Indian journal of veterinary science and animal husbandry - Volume 14,
Year: 1944
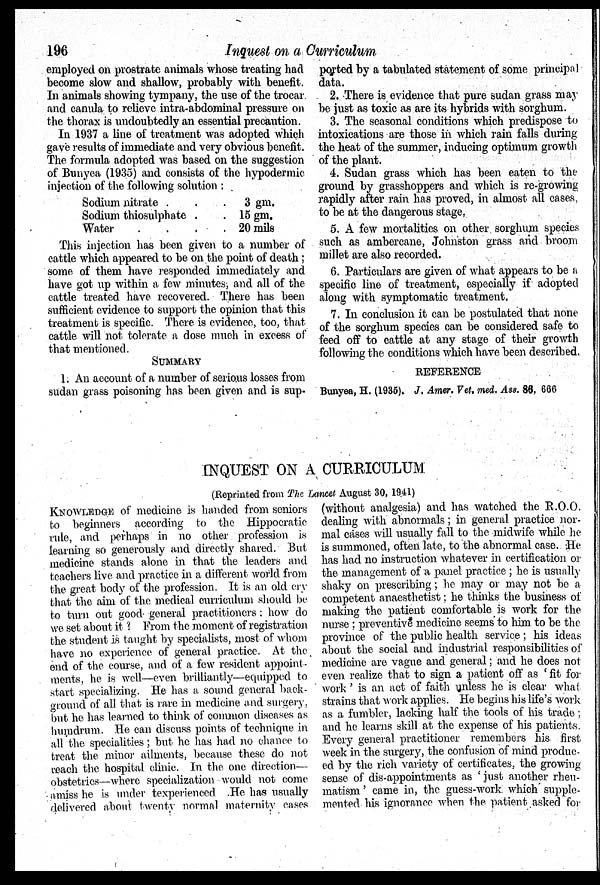
196
Inquest on a Curriculum
employed on prostrate animals whose treating had
become slow and shallow, probably with benefit.
In animals showing tympany, the use of the trocar
and canula to relieve intra-abdominal pressure on
the thorax is undoubtedly an essential precaution.
In 1937 a line of treatment was adopted which
gave results of immediate and very obvious benefit.
The formula adopted was based on the suggestion
of Bunyea (1935) and consists of the hypodermic
injection of the following solution:
Sodium nitrate . . .
Sodium thiosulphate . .
Water . . . .
3 gm.
15 gm.
20 mils
This injection has been given to a number of
cattle which appeared to be on the point of death;
some of them have responded immediately and
have got up within a few minutes, and all of the
cattle treated have recovered. There has been
sufficient evidence to support the opinion that this
treatment is specific. There is evidence, too, that
cattle will not tolerate a dose much in excess of
that mentioned.
SUMMARY
1. An account of a number of serious losses from
sudan grass poisoning has been given and is sup-
ported by a tabulated statement of some principal
data.
2. There is evidence that pure sudan grass may
be just as toxic as are its hybrids with sorghum.
3. The seasonal conditions which predispose to
intoxications are those in which rain falls during
the heat of the summer, inducing optimum growth
of the plant.
4. Sudan grass which has been eaten to the
ground by grasshoppers and which is re-growing
rapidly after rain has proved, in almost all cases,
to be at the dangerous stage.
5. A few mortalities on other sorghum species
such as ambercane, Johnston grass and broom
millet are also recorded.
6. Particulars are given of what appears to be a
specific line of treatment, especially if adopted
along with symptomatic treatment.
7. In conclusion it can be postulated that none
of the sorghum species can be considered safe to
feed off to cattle at any stage of their growth
following the conditions which have been described,
REFERENCE
Bunyea, H. (1935). J. Amer. Vet. med. Ass. 86, 666
INQUEST ON A CURRICULUM
(Reprinted from The Lancet August 30, 1941)
KNOWLEDGE of medicine is handed from seniors
to beginners according to the Hippocratic
rule, and perhaps in no other profession is
learning so generously and directly shared. But
medicine stands alone in that the leaders and
teachers live and practice in a different world from
the great body of the profession. It is an old cry
that the aim of the medical curriculum should be
to turn out good general practitioners: how do
we set about it ? From the moment of registration
the student is taught by specialists, most of whom
have no experience of general practice. At the
end of the course, and of a few resident appoint-
ments, he is well—even brilliantly—equipped to
start specializing. He has a sound general back-
ground of all that is rare in medicine and surgery,
but he has learned to think of common diseases as
humdrum. He can discuss points of technique in
all the specialities; but he has had no chance to
treat the minor ailments, because these do not
reach the hospital clinic. In the one direction—
obstetrics—where specialization would not come
amiss he is under texperienced. He has usually
delivered about twenty normal maternity cases
(without analgesia) and has watched the R.O.O.
dealing with abnormals; in general practice nor-
mal cases will usually fall to the midwife while he
is summoned, often late, to the abnormal case. He
has had no instruction whatever in certification or
the management of a panel practice; he is usually
shaky on prescribing; he may or may not be a
competent anaesthetist; he thinks the business of
making the patient comfortable is work for the
nurse; preventive medicine seems to him to be the
province of the public health service; his ideas
about the social and industrial responsibilities of
medicine are vague and general; and he does not
even realize that to sign a patient off as 'fit for
work' is an act of faith unless he is clear what
strains that work applies. He begins his life's work
as a fumbler, lacking half the tools of his trade;
and he learns skill at the expense of his patients.
Every general practitioner remembers his first
week in the surgery, the confusion of mind produc-
ed by the rich variety of certificates, the growing
sense of dis-appointments as ' just another rheu-
matism' came in, the guess-work which supple-
mented his ignorance when the patient asked for